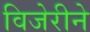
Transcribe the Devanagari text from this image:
विजेरीने